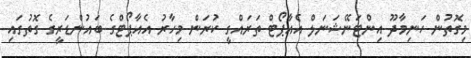
މިގޮތުން ހަނިމާދޫ އިންޓަނޭޝަނަލް އެއާޕޯޓް ތަރައްގީ ކުރަން މިހާރު އެއާޕޯޓްގެ ބައުންޑަރީގެ ގޮތުގައި